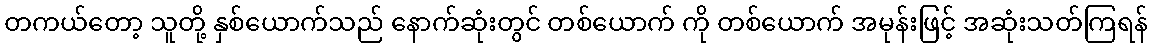
တကယ်တော့ သူတို့ နှစ်ယောက်သည် နောက်ဆုံးတွင် တစ်ယောက် ကို တစ်ယောက် အမုန်းဖြင့် အဆုံးသတ်ကြရန်